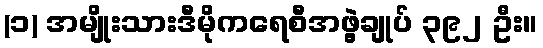
(၁) အမျိုးသားဒီမိုကရေစီအဖွဲ့ချုပ် ၃၉၂ ဦး။